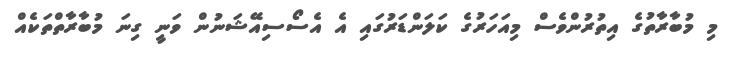
މި މުބާރާތުގެ އިތުރުންވެސް މިއަހަރުގެ ކަލަންޑަރުގައި އެ އެސޯސިއޭޝަނުން ވަނީ ގިނަ މުބާރާތްތަކެއް